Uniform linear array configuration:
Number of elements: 12
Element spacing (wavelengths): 0.25
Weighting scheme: uniform
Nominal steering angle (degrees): -60
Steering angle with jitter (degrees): -58.843
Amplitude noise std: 0.05
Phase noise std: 0.05

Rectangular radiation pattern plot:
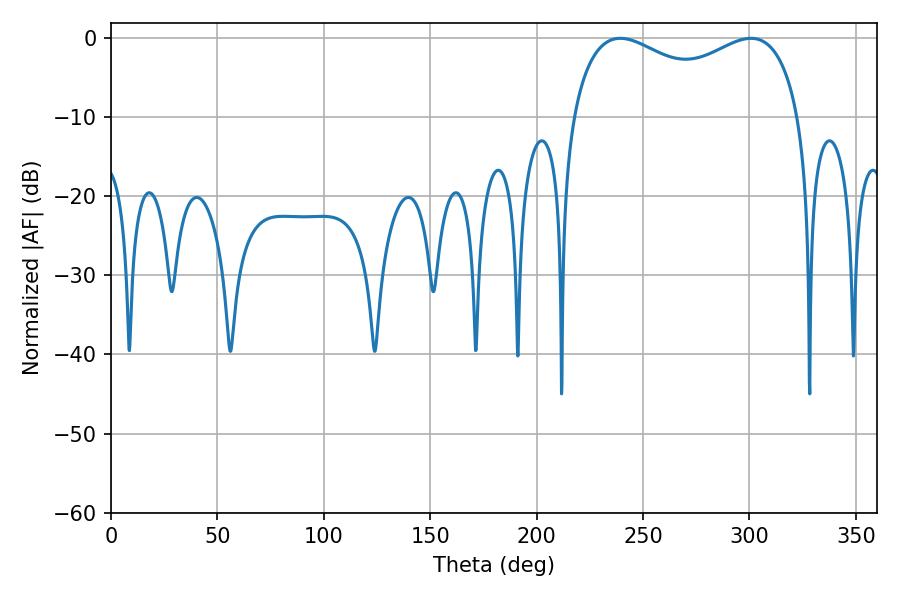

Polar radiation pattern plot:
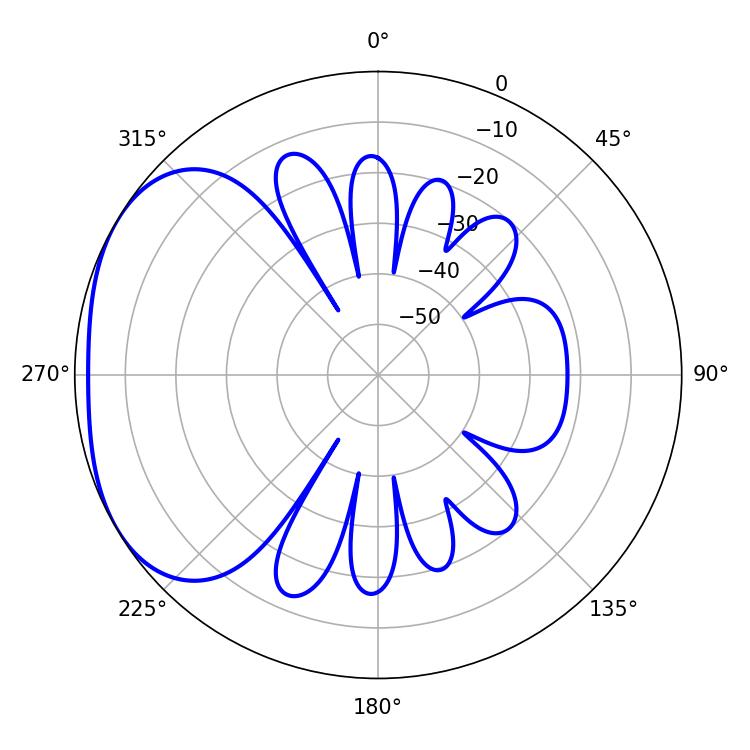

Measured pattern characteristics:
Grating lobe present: FALSE
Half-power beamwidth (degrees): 89.28
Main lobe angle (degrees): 239.4